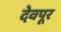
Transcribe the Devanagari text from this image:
देवपूर